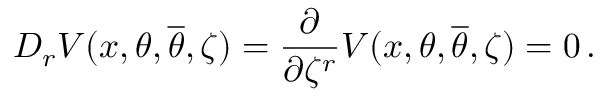
D _ { r } V ( x , \theta , { \overline { { \theta } } } , \zeta ) = \frac { \partial } { \partial \zeta ^ { r } } V ( x , \theta , { \overline { { \theta } } } , \zeta ) = 0 \, .